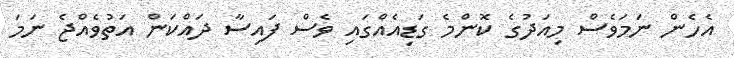
އެހެން ނަމަވެސް މިއަދުގެ ކޮންމެ ގަޑިއެއްގައި ވެސް ފައިސާ ދައްކަން އަތުވެއްޖެ ނަމަ